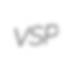
VSP